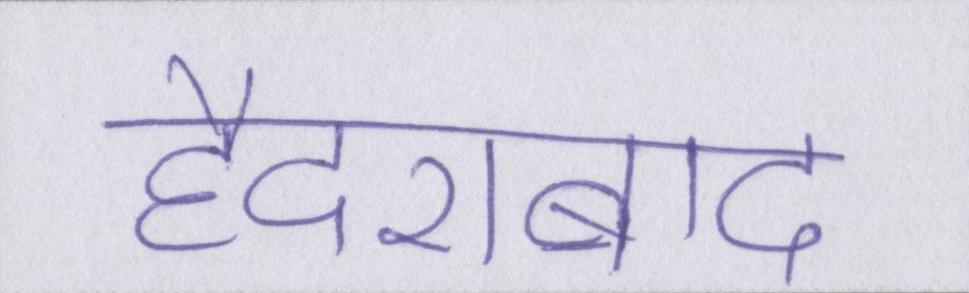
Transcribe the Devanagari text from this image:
हैदराबाद